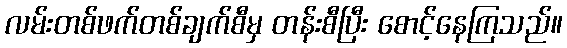
လမ်းတစ်ဖက်တစ်ချက်စီမှ တန်းစီပြီး စောင့်နေကြသည်။